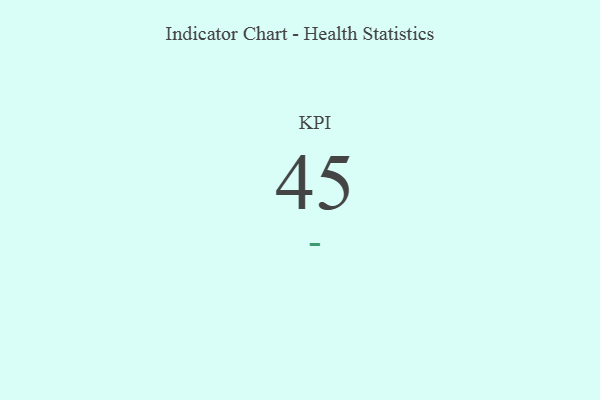
{"axis": {"x": "KPI", "y": "Value"}, "legend": [""], "data": [{"x": "KPI", "y": 45, "type": ""}]}